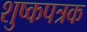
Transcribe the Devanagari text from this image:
शुष्कपत्रक